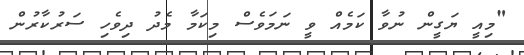
"މިއީ ޔަގީން ނުވާ ކަމެއް ވީ ނަމަވެސް މިކަމާ މެދު ދިވެހި ސަރުކާރުން